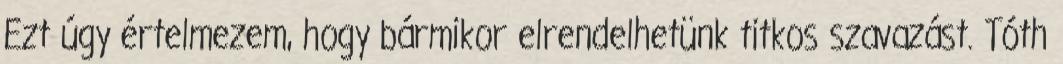
Ezt úgy értelmezem, hogy bármikor elrendelhetünk titkos szavazást. Tóth